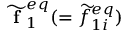
\widetilde { \textbf { f } } _ { 1 } ^ { e q } ( = \widetilde { f } _ { 1 i } ^ { e q } )